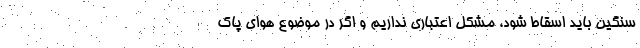
سنگین باید اسقاط شود، مشکل اعتباری نداریم و اگر در موضوع هوای پاک